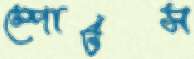
স্পোর্টস